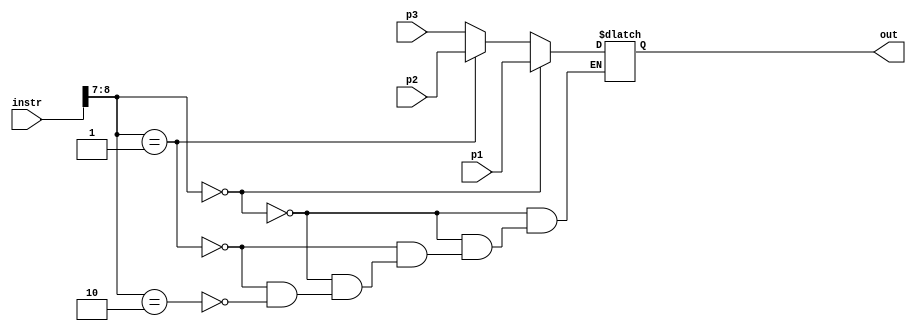
module bus (instr, p1, p2, p3, out);

	input [8:0] instr;

	input [1:0] p1, p2, p3;
	output reg [1:0] out;
	
	always@(*) begin
		if (instr[8:7] == 2'b00) out = p1;
		else if (instr[8:7] == 2'b01) out = p2;
		else if (instr[8:7] == 2'b10) out = p3;
	end

endmodule